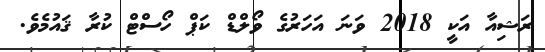
ރަޝިއާ އަކީ 2018 ވަނަ އަހަރުގެ ވޯލްޑް ކަޕް ހޯސްޓް ކުރާ ޤައުމެވެ.